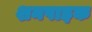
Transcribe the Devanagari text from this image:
शनपाइक